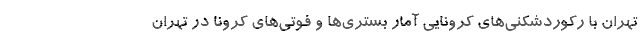
تهران با رکوردشکنی‌های کرونایی آمار بستری‌ها و فوتی‌های کرونا در تهران